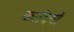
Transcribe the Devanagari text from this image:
कादियों